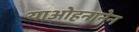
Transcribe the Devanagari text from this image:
याओहनानेन